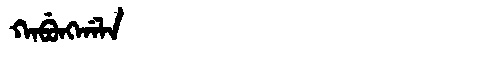
Manchu: ᡴᠠᠪᡠᠩᡤᠠᠯᠠ
Romanization: KABUNGGALA